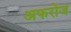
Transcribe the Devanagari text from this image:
अफरोज